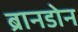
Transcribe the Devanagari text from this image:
ब्रानडोन